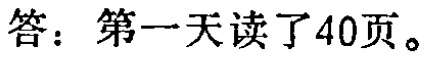
答：第一天读了40页。